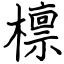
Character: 檩